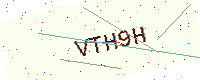
Text: VTH9H